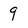
Character: 9